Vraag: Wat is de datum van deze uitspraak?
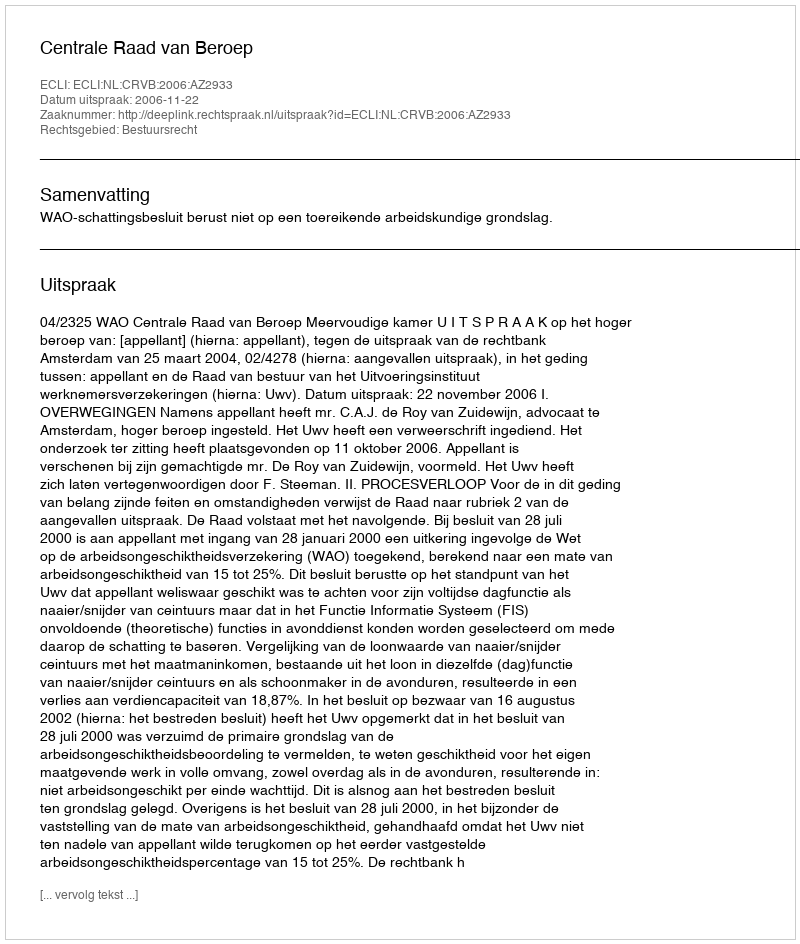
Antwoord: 2006-11-22